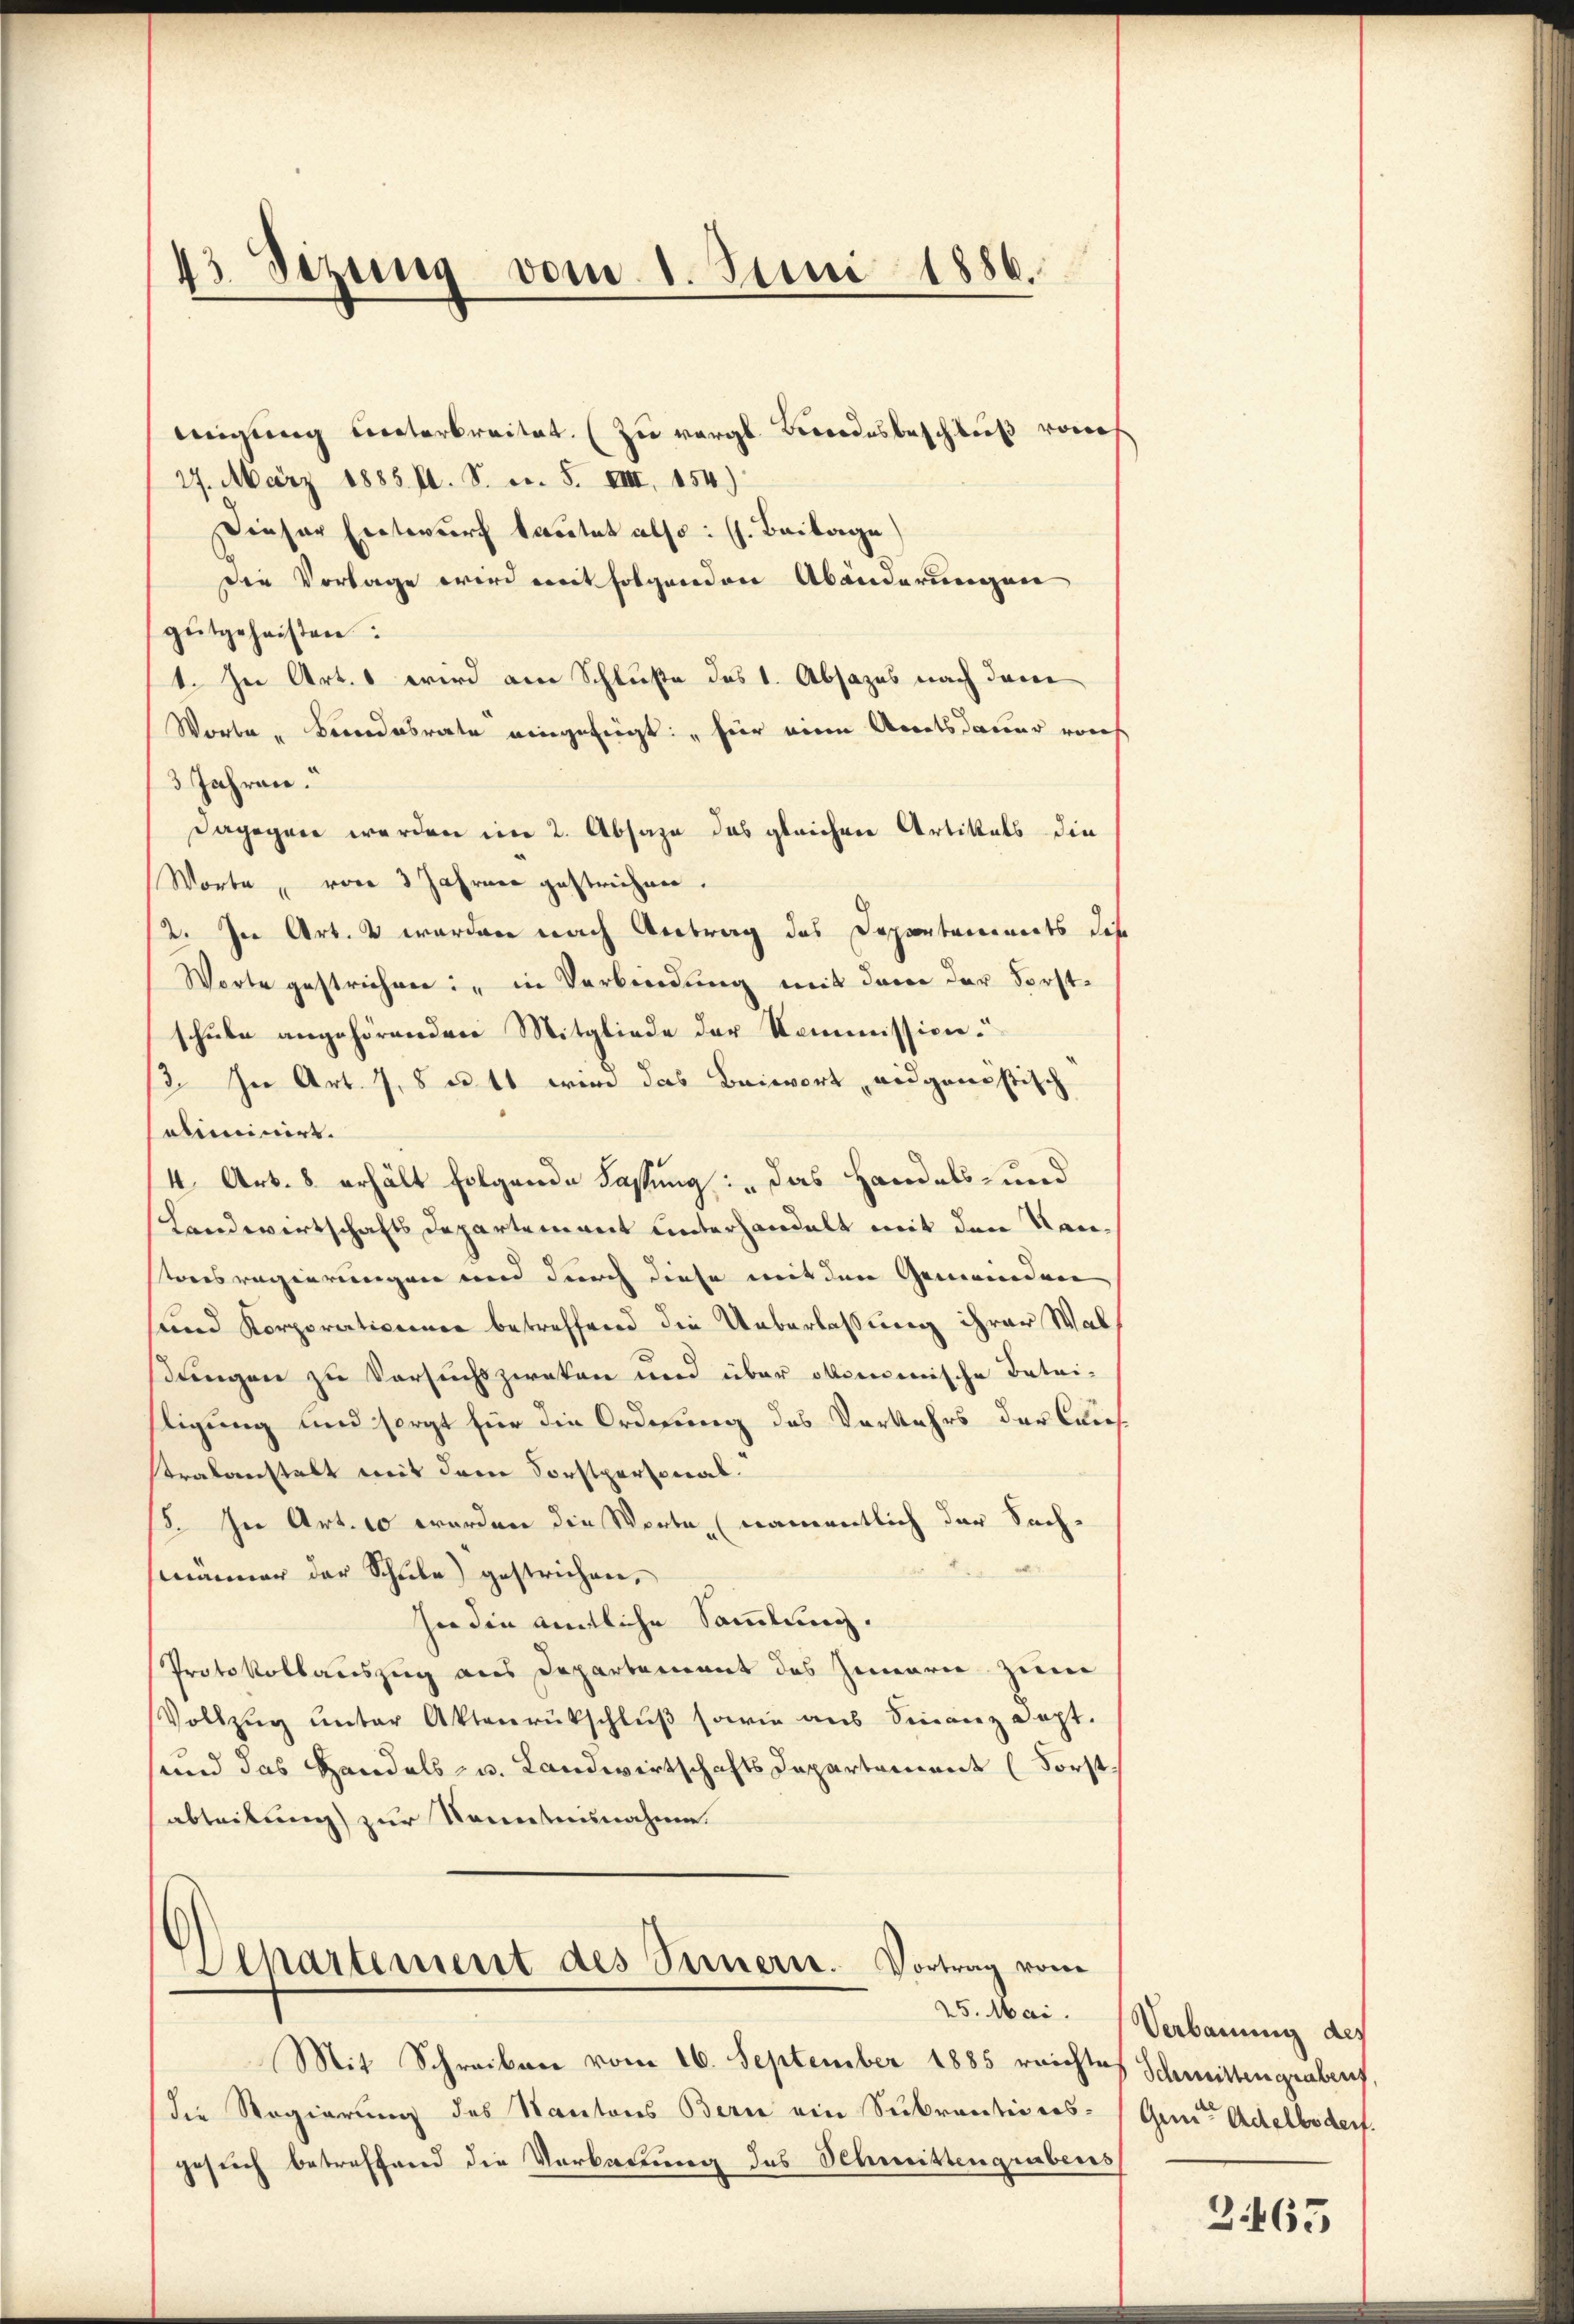
migung unterbreitet. (Zu vergl. Besondesbeschluß von
27. März 1885 fl. S. n. F. VIII 154)
Dieser Entwurf tautet also: (s. Beilage)
Die Vorlage wird mit folgenden Abänderungene
gutgeheißen:
1. In Art. 1 wird am Schluße des 1. Absazes nach dem
Worte " Bundesrate eingefügt: „für eine Areatsdauer noch
3 Jahren.
dagegen werden im 2. Absage das gleichen Artikels die
Worte, von 3 Jahren gestrichnen.
/2. In Art. 2 werden nach Antrag des Departaminats die
Worte gestrichen: in Verbindung mit dem der Forstschule angehörenden Mitgliede der Kommission.“
3. In Art. 7, 8 u. 11 wird das Beiwort, eidgenößisch
aliminirt.
4 Art. 8. erhält folgende Fassung: „Das Handels- und
Landwirtschafts Departement unterhandelt mit den Kanstonsregierungen und durch diese mit den Gemeinden
und Korporationener betreffend die Ueberlassung ihrer Walstungen zu Versuchszwaken und über oberenische Betriligung und sorgt für die Ordnung des Vorkehrs der Casstralanstalt mit dem Forstpersonal.
5. In Art. 10 werden die Worte, (namentlich der Sach-
männer der Schule) gestrichen,
In die amtliche Sammlung.
Protokollauszug aus Departement des Innerie zum
Vollzŭg ŭnter Aktenrückschluß sowie aus Sinanz geht.
und das Handels- u. Landwirtschafts Departement (Forstabteilung zur Kenntnisnahme.

43. Dezung vom 1. Juni 1886.

)
Separtement des Sinnern. Vortrag vom
25. Mai.

Mit Schreiben vom 16. September 1885 reichtes Schmittengrabenf
die Regierung des Kantons Bern ein Subranticcos- (Gunter Adelbodent.
gesuch betreffend die Verbauung des Schmittengrabens

Verbauung des

365